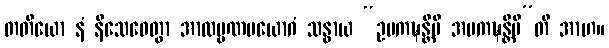
တတိယော နံ နိသေဓေတွာ အာထဗ္ဗဏပယောဂံ သန္ဓာယ “ဥပကဍ္ဎန္တိပိ အပကဍ္ဎန္တိပီ”တိ အာဟ။